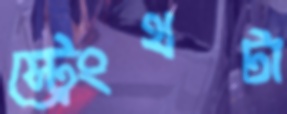
স্ট্রেংথটা